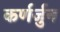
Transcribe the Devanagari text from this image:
कर्णर्जुन